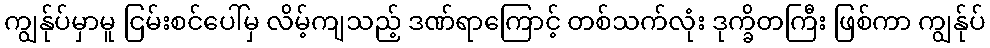
ကျွန်ုပ်မှာမူ ငြမ်းစင်ပေါ်မှ လိမ့်ကျသည့် ဒဏ်ရာကြောင့် တစ်သက်လုံး ဒုက္ခိတကြီး ဖြစ်ကာ ကျွန်ုပ်